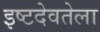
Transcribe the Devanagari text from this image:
इष्टदेवतेला